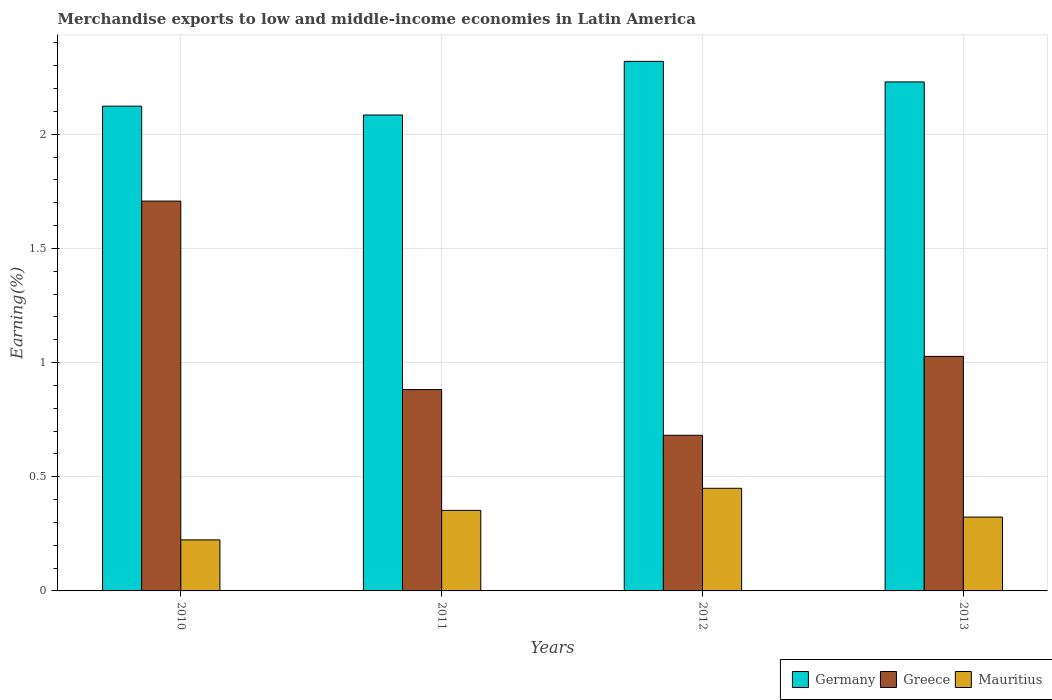
| Years | Germany | Greece | Mauritius |
 | --- | --- | --- | --- |
 | 2010 | 2.12 | 1.71 | 0.224 |
 | 2011 | 2.08 | 0.882 | 0.353 |
 | 2012 | 2.32 | 0.682 | 0.449 |
 | 2013 | 2.23 | 1.03 | 0.323 |